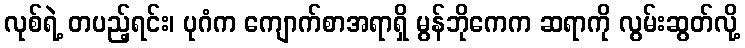
လုစ်ရဲ့ တပည့်ရင်း၊ ပုဂံက ကျောက်စာအရာရှိ မွန်ဘိုကေက ဆရာကို လွမ်းဆွတ်လို့